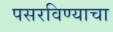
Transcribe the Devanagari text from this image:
पसरविण्याचा